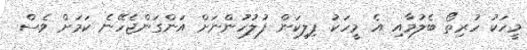
މީހަކު ހުރިތޯ ބެލުމާއި އެ މީހަކު ފިލިކަން ފުލުހުންނަށް އަންގަންޖެހޭނެ ކަމަށް ވެސް